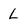
Character: L